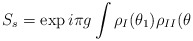
\begin{align*}S_{s}=\exp i\pi g\int \rho _{I}(\theta _{1})\rho _{II}(\theta\end{align*}